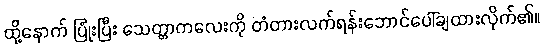
ထို့နောက် ပြုံးပြီး သေတ္တာကလေးကို တံတားလက်ရန်းဘောင်ပေါ်ချထားလိုက်၏။